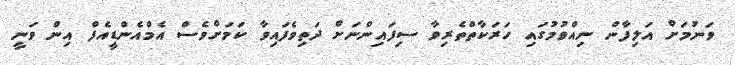
ވަނުމަށް އަލިފާން ނިއްވުމުގައި ހަރަކާތްތެރިވާ ސިފައިންނަށް ދަތިވެފައިވާ ކަމަށްވެސް އެމްއެންޑީއެފް އިން ވަނީ